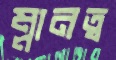
ম্লানত্ব